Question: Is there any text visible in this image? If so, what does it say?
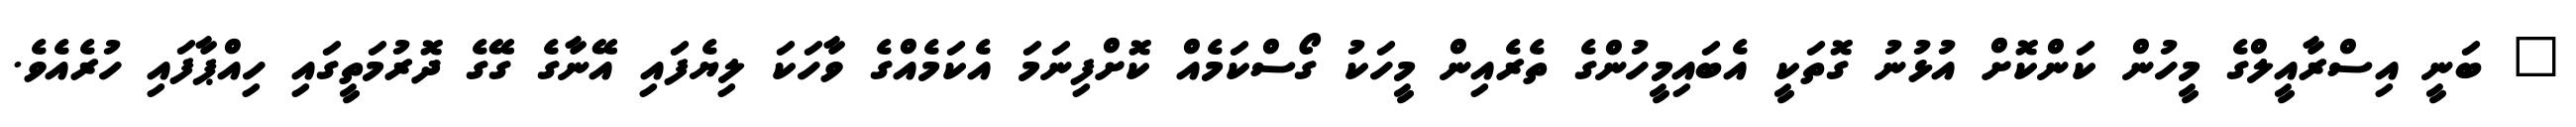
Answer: " ބަނީ އިސްރާއީލްގެ މީހުން ކަންކޮށް އުޅުނު ގޮތަކީ އެބައިމީހުންގެ ތެރެއިން މީހަކު ގޯސްކަމެއް ކޮށްފިނަމަ އެކަމެއްގެ ވާހަކަ ލިޔެފައި އޭނާގެ ގޭގެ ދޮރުމަތީގައި ހިއްޕާފައި ހުރެއެވެ.